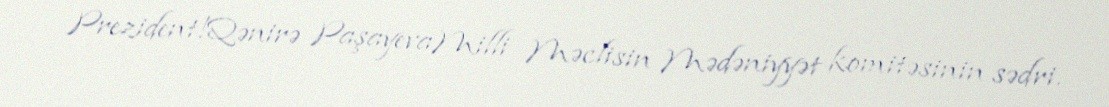
Prezident!Qənirə PaşayevaMilli Məclisin Mədəniyyət komitəsinin sədri.